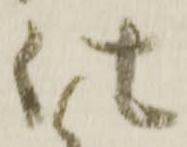
仕